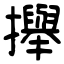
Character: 攑